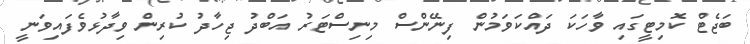
ބަޖެޓް ކޮމިޓީގައި ވާހަކަ ދައްކަވަމުން ފިނޭންސް މިނިސްޓަރު އަބްދު ޖިހާދު ކުރިން ވިދާޅުވެފައިވަނީ